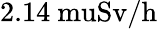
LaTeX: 2.14\mathrm{{\ mu}Sv/h}